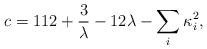
LaTeX: \begin{align*}c=112+{3\over \lambda} -12\lambda -\sum_i\kappa_i^2,\end{align*}